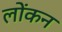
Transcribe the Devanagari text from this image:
लोंकन